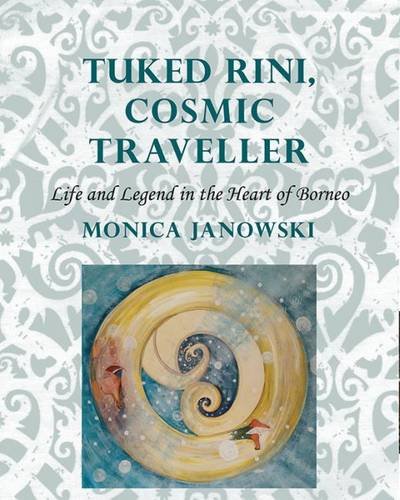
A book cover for Tuked Rini, Cosmic Traveller: Life & Legend in the Heart of Borneo (Nordic Institute of Asian Studies); Monica Janowski; Travel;